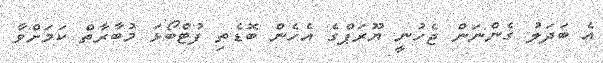
އެ ބަދަލު ގެންނަން ޖެހުނީ ޔޫރަޕްގެ އެހެން ބޮޑެތި ފުޓްބޯޅަ މުބާރާތް ކަމަށްވާ